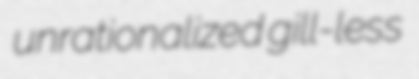
unrationalized gill-less